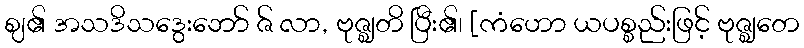
ဈ၏ အသဒိသဒွေးဘော် ဇ် လာ, ဗုဇ္ဈတိ ပြီး၏၊ [ကံဟော ယပစ္စည်းဖြင့် ဗုဇ္ဈတေ